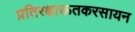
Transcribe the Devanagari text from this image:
प्रतिरक्षाऊतकरसायन